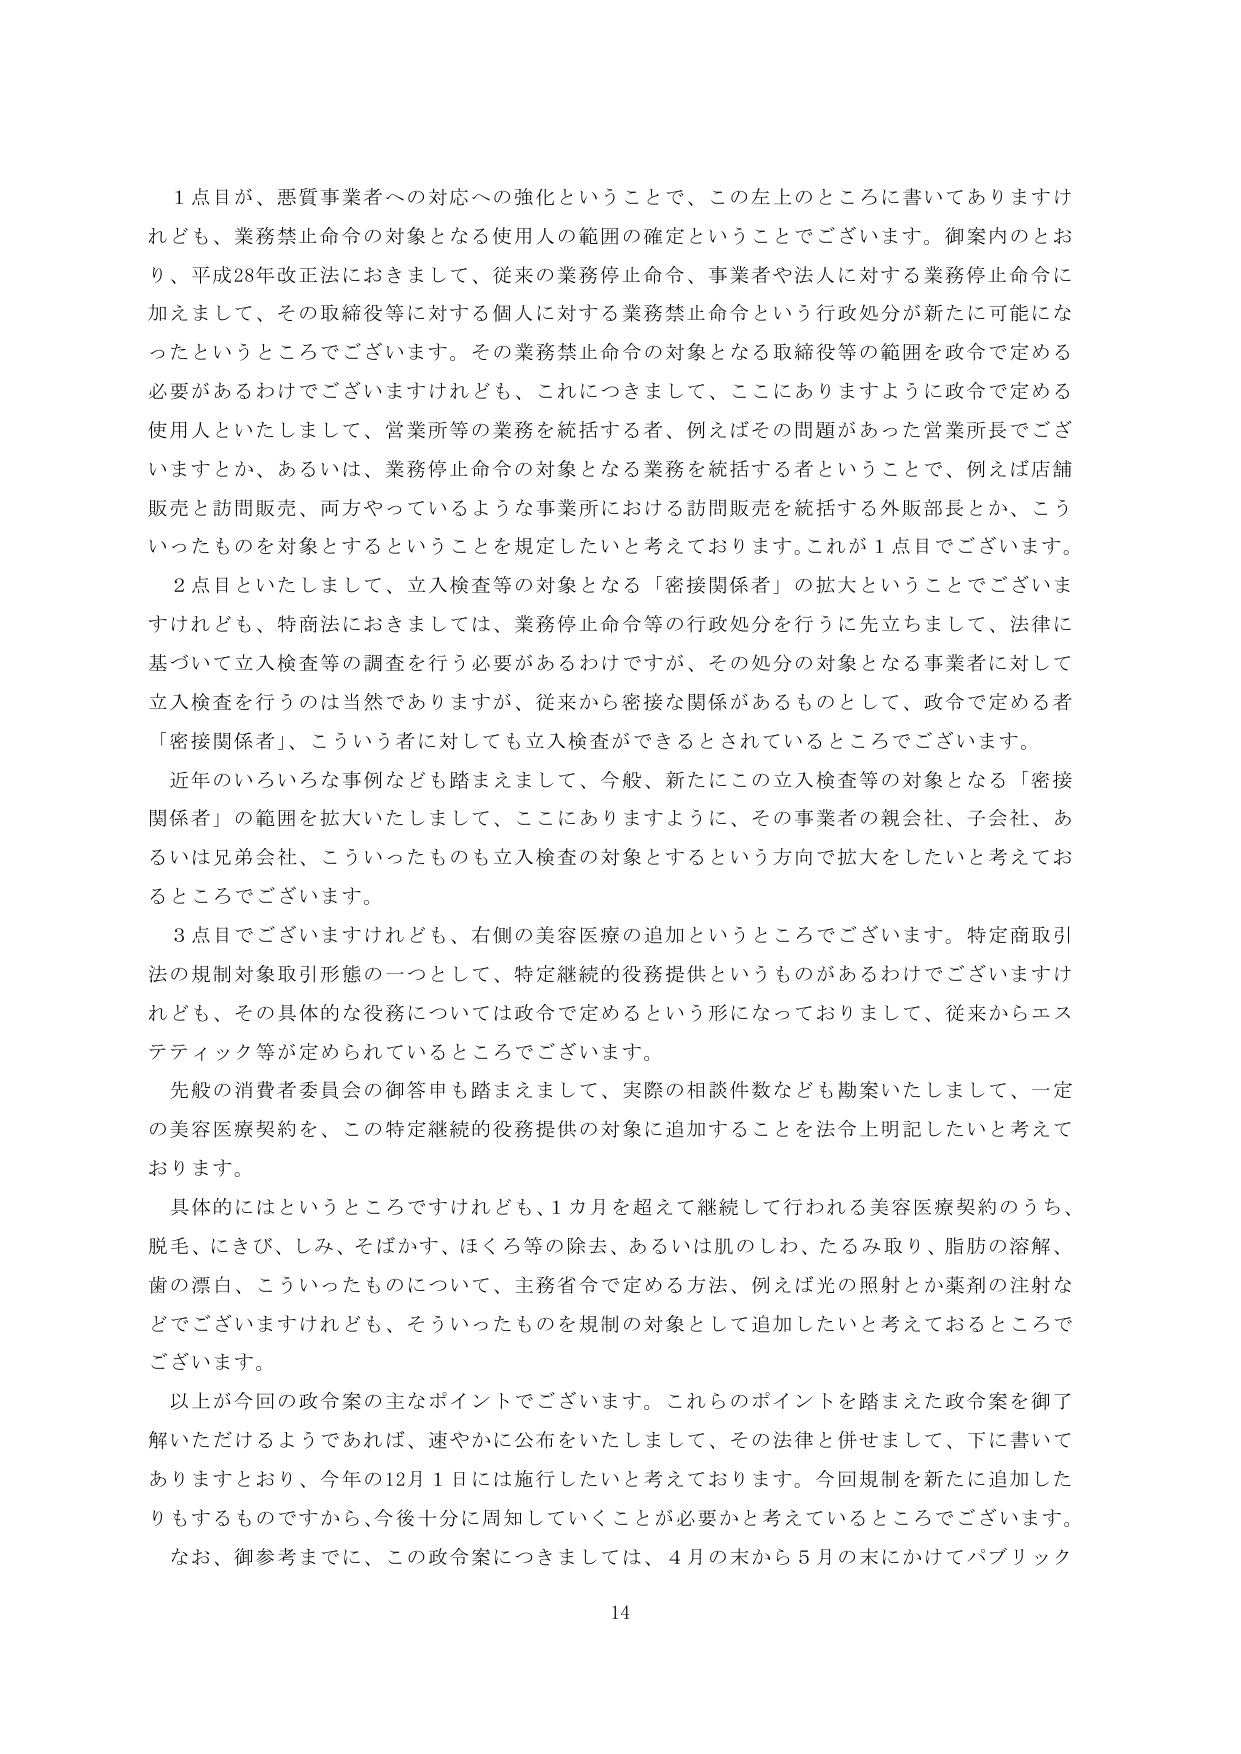
1点目が、悪質事業者への対応への強化ということで、この左上のところに書いてありますけれども、業務禁止命令の対象となる使用人の範囲の確定ということでございます。御案内のとおり、平成28年改正法におきまして、従来の業務停止命令、事業者や法人に対する業務停止命令に加えまして、その取締役等に対する個人に対する業務禁止命令という行政処分が新たに可能になったというところでございます。その業務禁止命令の対象となる取締役等の範囲を政令で定める必要があるわけでございますけれども、これにつきまして、ここにありますように政令で定める使用人といたしまして、営業所等の業務を統括する者、例えばその問題があった営業所長でございますとか、あるいは、業務停止命令の対象となる業務を統括する者ということで、例えば店舗販売と訪問販売、両方やっているような事業所における訪問販売を統括する外販部長とか、こういったものを対象とするということを規定したいと考えております。これが1点目でございます。

2点目といたしまして、立入検査等の対象となる「密接関係者」の拡大ということでございますけれども、特商法におきましては、業務停止命令等の行政処分を行うに先立ちまして、法律に基づいて立入検査等の調査を行う必要があるわけですが、その処分の対象となる事業者に対して立入検査を行うのは当然でありますが、従来から密接な関係があるものとして、政令で定める者「密接関係者」、こういう者に対しても立入検査ができるとされているところでございます。

近年のいろいろな事例なども踏まえまして、今般、新たにこの立入検査等の対象となる「密接関係者」の範囲を拡大いたしまして、ここにありますように、その事業者の親会社、子会社、あるいは兄弟会社、こういったものも立入検査の対象とするという方向で拡大をしたいと考えておるところでございます。

3点目でございますけれども、右側の美容医療の追加ということでございます。特定商取引法の規制対象取引形態の一つとして、特定継続的役務提供というものがあるわけですが、その具体的な役務については政令で定めるという形になっておりまして、従来からエステティック等が定められているところでございます。

先般の消費者委員会の御答申も踏まえまして、実際の相談件数なども勘案いたしまして、一定の美容医療契約を、この特定継続的役務提供の対象に追加することを法令上明記したいと考えております。

具体的にはというところですけれども、1カ月を超えて継続して行われる美容医療契約のうち、脱毛、にきび、しみ、そばかす、ほくろ等の除去、あるいは肌のしわ、たるみ取り、脂肪の溶解、歯の漂白、こういったものについて、主務省令で定める方法、例えば光の照射とか薬剤の注射などでございますけれども、そういったものを規制の対象として追加したいと考えておるところでございます。

以上が今回の政令案の主なポイントでございます。これらのポイントを踏まえた政令案を御了解いただけるようであれば、速やかに公布をいたしまして、その法律と併せまして、下に書いてありますとおり、今年の12月1日には施行したいと考えております。今回規制を新たに追加したりもするものですから、今後十分に周知していくことが必要かと考えているところでございます。なお、御参考までに、この政令案につきましては、4月の末から5月の末にかけてパブリック

14